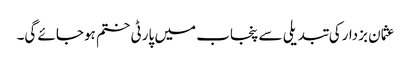
عثمان بزدارکی تبدیلی سے پنجاب میں پارٹی ختم ہوجائے گی۔